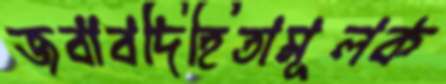
জবাবদিহিতামূলক